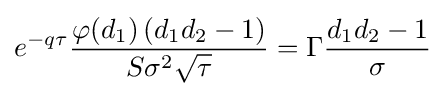
e^{-q\tau }{\frac {\varphi (d_{1})\left(d_{1}d_{2}-1\right)}{S\sigma ^{2}{\sqrt {\tau }}}}=\Gamma {\frac {d_{1}d_{2}-1}{\sigma }}